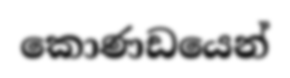
කොණඩයෙන්